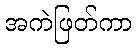
အကဲဖြတ်ကာ